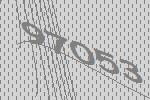
97053